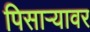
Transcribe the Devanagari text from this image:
पिसाऱ्यावर